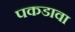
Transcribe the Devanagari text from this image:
पकडावा